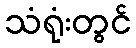
သံရုံးတွင်